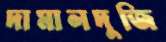
দামালদুজি